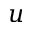
u